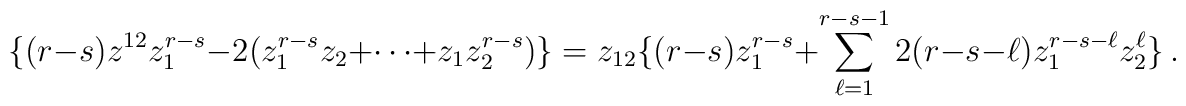
\{ (r-s)z^{12}z_1^{r-s}-2(z_1^{r-s}z_2+\cdots + z_1z_2^{r-s})\}= z_{12}\{ (r-s)z_1^{r-s}+ \sum_{\ell=1}^{r-s-1} 2(r-s-\ell)z_1^{r-s-\ell}z_2^\ell\}\, .